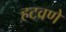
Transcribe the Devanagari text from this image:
हटवणे